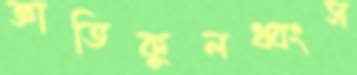
জ্ঞাতিকুলধ্বংস